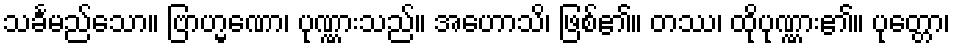
သင်္ခမည်သော။ ဗြာဟ္မဏော၊ ပုဏ္ဏားသည်။ အဟောသိ၊ ဖြစ်၏။ တဿ၊ ထိုပုဏ္ဏား၏။ ပုတ္တော၊